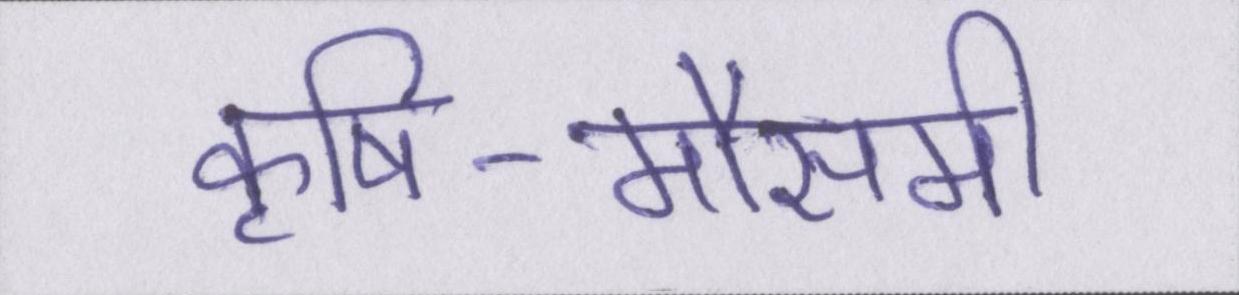
कृषि-मौसमी